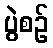
ပွဲစဉ်